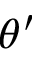
\theta ^ { \prime }